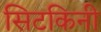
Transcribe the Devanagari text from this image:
सिटकिनी